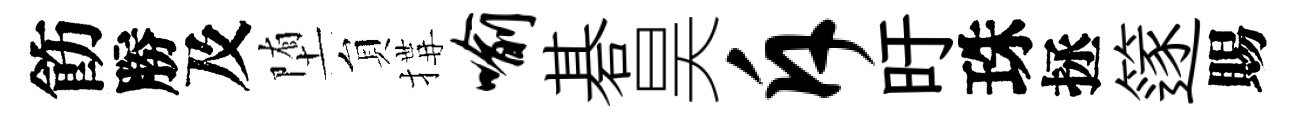
飭勝及堕貟搆喻碁昊斥旴珠拯篴賜